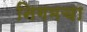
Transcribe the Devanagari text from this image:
निगमचा